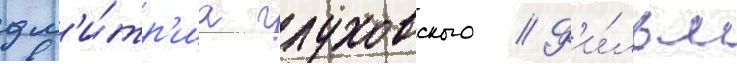
дм'и́тр'иа глуховского // Ф'и́льм